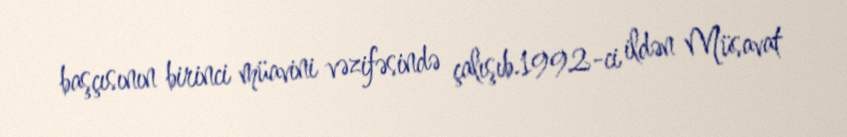
başçısının birinci müavini vəzifəsində çalışıb.1992-ci ildən Müsavat